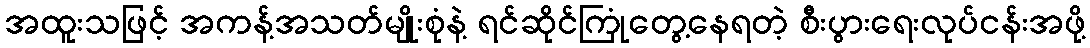
အထူးသဖြင့် အကန့်အသတ်မျိုးစုံနဲ့ ရင်ဆိုင်ကြုံတွေ့နေရတဲ့ စီးပွားရေးလုပ်ငန်းအဖို့